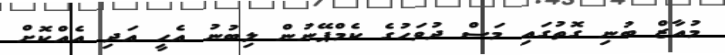
މުއާޒް ބުނި ގޮތުގައި މަސް ދުވަހުގެ ކެމްޕޭނުން ލިބުނު އެހީ އަދި އެއްކޮށް